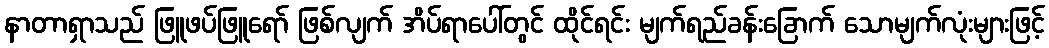
နာတာရှာသည် ဖြူဖပ်ဖြူရော် ဖြစ်လျက် အိပ်ရာပေါ်တွင် ထိုင်ရင်း မျက်ရည်ခန်းခြောက် သောမျက်လုံးများဖြင့်